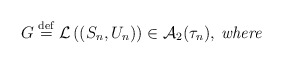
\begin{align*}G\stackrel{\rm def}{=}{\cal L}\left( (S_{n},U_{n})\right) \in {\cal A}_{2}(\tau _{n}),\>\mbox{{\it where }} \end{align*}